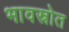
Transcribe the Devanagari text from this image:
भावस्रोत